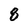
Character: 8